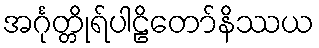
အင်္ဂုတ္တိုရ်ပါဠိတော်နိဿယ